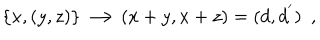
\{ x , ( y , z ) \} \longrightarrow ( x + y , x + z ) = ( d , d ^ { ' } ) \ \ ,